Report of the Bombay Veterinary College
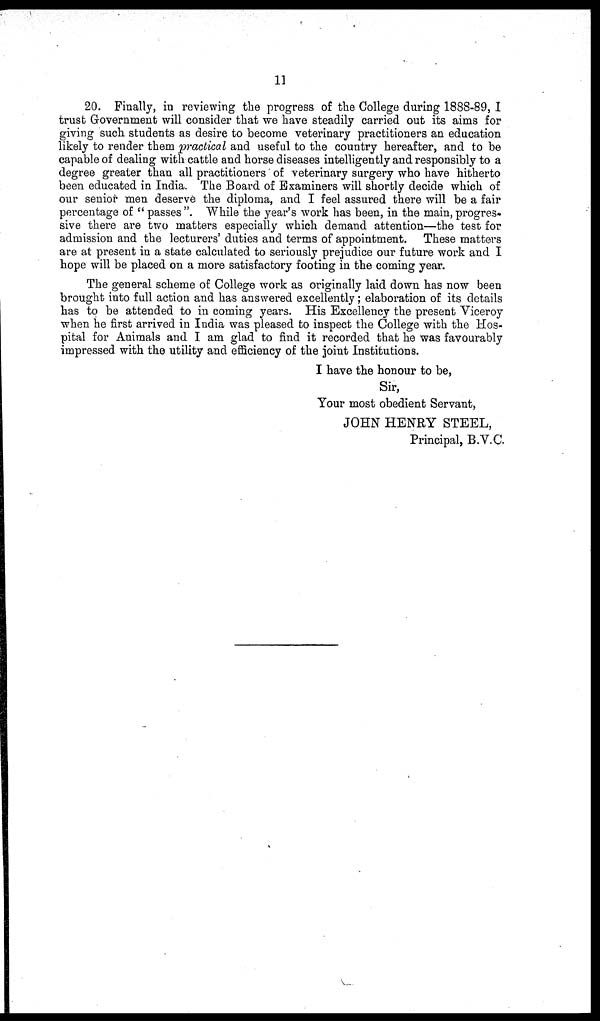
11
20. Finally, in reviewing the progress of the College during 1888-89,I
trust Government will consider that we have steadily carried out its aims for
giving such students as desire to become veterinary practitioners an education
likely to render them practical and useful to the country hereafter, and to be
capable of dealing with cattle and horse diseases intelligently and responsibly to a
degree greater than all practitioners of veterinary surgery who have hitherto
been educated in India. The Board of Examiners will shortly decide which of
our senior men deserve the diploma, and I feel assured there will be a fair
percentage of " passes ". While the year's work has been, in the main, progres¬
sive there are two matters especially which demand attention—the test for
admission and the lecturers' duties and terms of appointment. These matters
are at present in a state calculated to seriously prejudice our future work and I
hope will be placed on a more satisfactory footing in the coming year.
The general scheme of College work as originally laid down has now been
brought into full action and has answered excellently ; elaboration of its details
has to be attended to in coming years. His Excellency the present Viceroy
when he first arrived in India was pleased to inspect the College with the Hos-
pital for Animals and I am glad to find it recorded that he was favourably
impressed with the utility and efficiency of the joint Institutions.
I have the honour to be,
Sir,
Your most obedient Servant,
JOHN HENRY STEEL,
Principal, B.V.C.